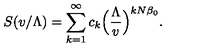
S ( v / \Lambda ) = \sum _ { k = 1 } ^ { \infty } c _ { k } \Bigl ( { \frac { \Lambda } { v } } \Bigr ) ^ { k N \beta _ { 0 } } .